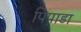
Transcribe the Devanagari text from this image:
पिपाडा